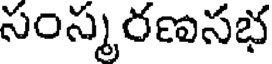
సంస్మరణసభ